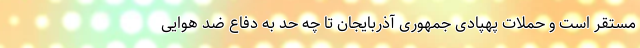
مستقر است و حملات پهپادی جمهوری آذربایجان تا چه حد به دفاع ضد هوایی